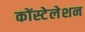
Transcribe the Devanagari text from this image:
कोंस्टेलेशन